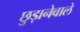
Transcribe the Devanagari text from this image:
छुड़ानेवाले